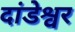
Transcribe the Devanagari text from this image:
दांडेश्वर